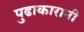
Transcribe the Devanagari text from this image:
पुढाकारानी